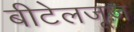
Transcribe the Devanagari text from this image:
बीटेलजूज़